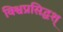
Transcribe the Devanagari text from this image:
विश्वप्रसिद्धश्